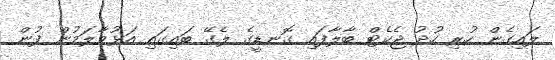
ލައިގެން ހުރި ހުދު ޖެކެޓް ބާލާފައި ގޮނޑީގެ ލެގޭ ބައިގައި އަޅުވާލަމުން ފުން